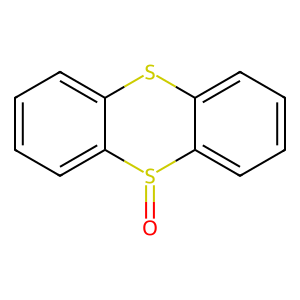
SMILES: O=S1c2ccccc2Sc2ccccc21
Inhibits HIV replication: Yes